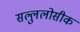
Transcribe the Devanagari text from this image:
सल्लुलोसीक